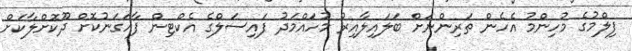
ފިލްމުގެ މުހިންމު އެހެން ތަރިންނަށް ބަލައިލާއިރު މުހައްމަދު ފައިސަލްގެ އެކްޓިން ފާހަގަނުކޮށް ދޫކޮށްލާކަށް